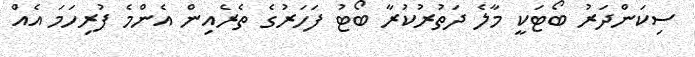
ސިކަންދަރު ބޯޓަކީ މާލެ ދަތުރުކުރާ ބޯޓު ފަހަރުގެ ތެރެއިން އެންމެ ފުރިހަމަ އެއް